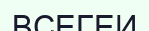
ВСЕГЕИ